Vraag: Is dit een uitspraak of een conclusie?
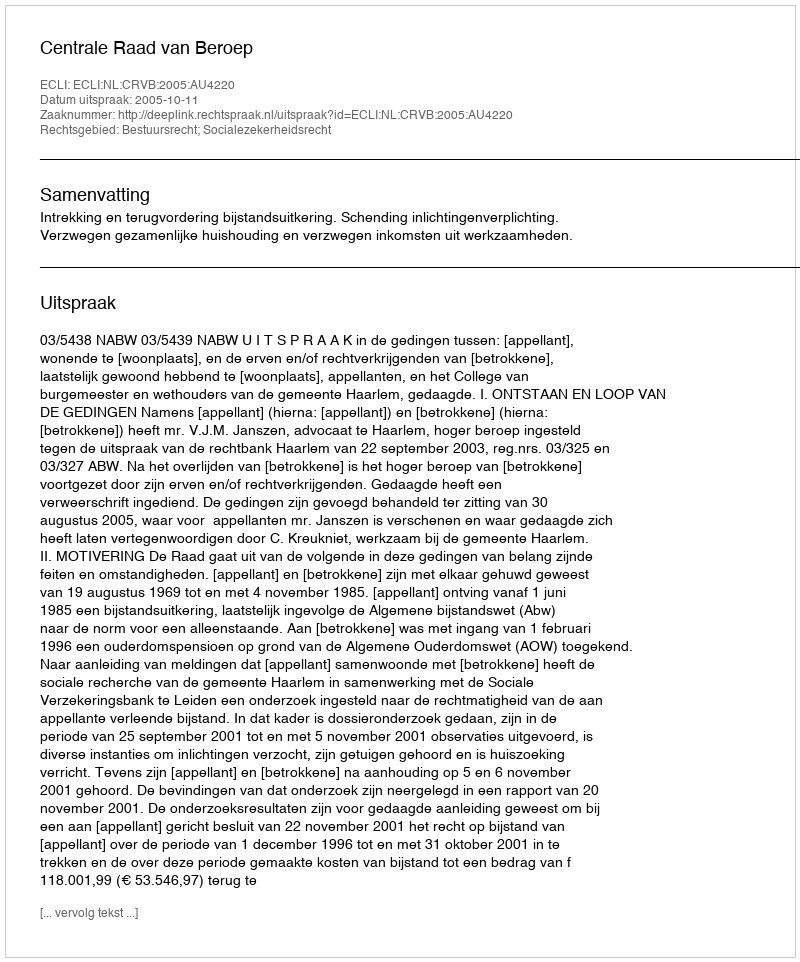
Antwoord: Uitspraak